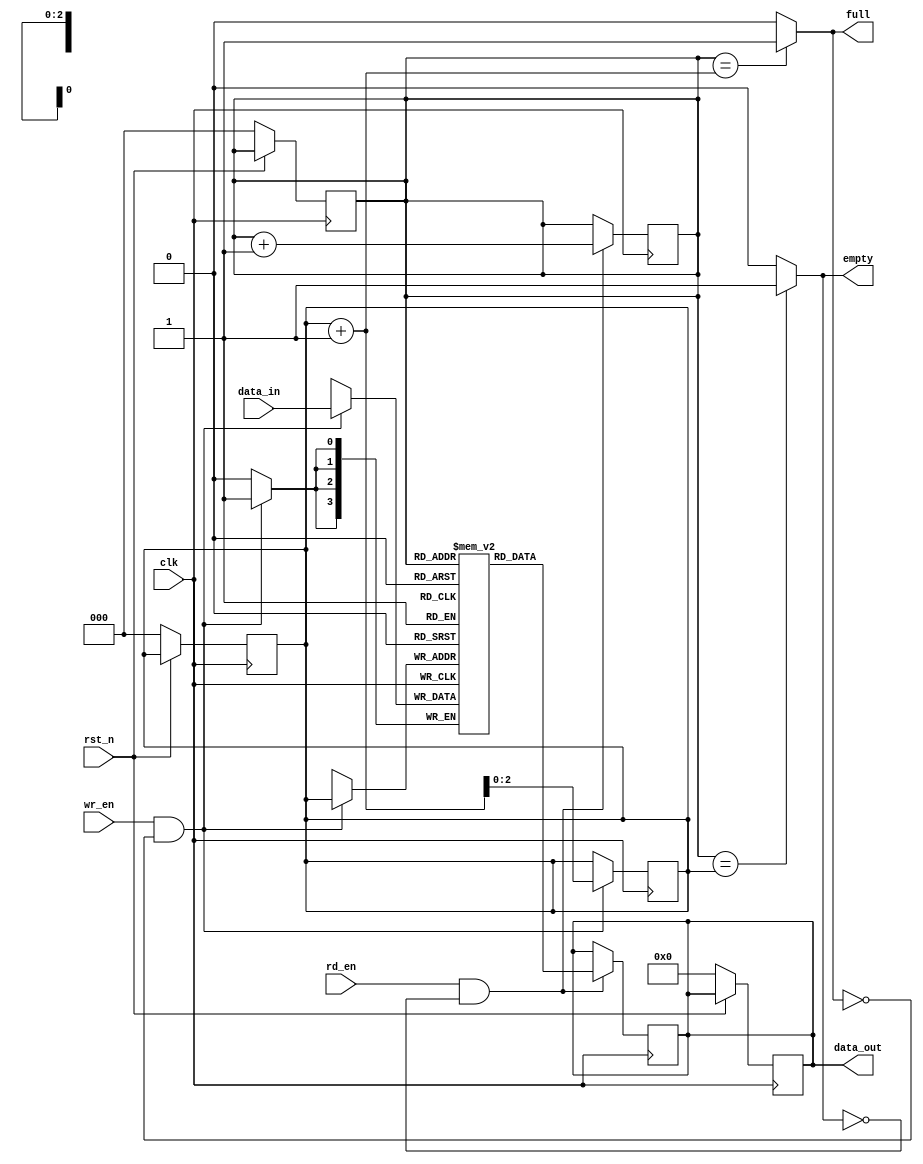
module fifo
#( parameter WIDTH = 4, parameter DEPTH = 8)
(
    input clk,
    input rst_n,
    input wr_en,
    input rd_en,
    input [WIDTH-1:0] data_in,
    output full,
    output empty,
    output reg [WIDTH-1:0] data_out
);

    localparam PTR_WIDTH = $clog2(DEPTH);

    reg [WIDTH-1:0] fifo_mem [DEPTH-1:0];
    reg [PTR_WIDTH-1:0] rd_ptr;
    reg [PTR_WIDTH-1:0] wr_ptr;

    assign empty = (rd_ptr == wr_ptr) ? 1 : 0;
    assign full = (rd_ptr == (wr_ptr+1)) ? 1 : 0;

    always @(posedge clk)
        begin: write_process
            if(wr_en & !full) begin
                fifo_mem[wr_ptr] <= data_in;
                wr_ptr <= wr_ptr+1;
            end

        end

    always @(posedge clk)
        begin: read_process
            if(rd_en & !empty) begin
                data_out <= fifo_mem[rd_ptr];
                rd_ptr <= rd_ptr+1;
            end
        end

    always @(posedge clk)
        begin: reset_process
            if(!rst_n) begin
                wr_ptr <= 0;
                rd_ptr <= 0;
                data_out <= 0;
            end
        end

endmodule